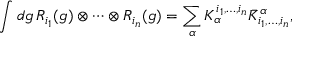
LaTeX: \int d g \, R _ { i _ { 1 } } ( g ) \otimes \cdots \otimes R _ { i _ { n } } ( g ) = \sum _ { \alpha } K _ { \alpha } ^ { i _ { 1 } , \ldots , i _ { n } } { \bar { K } ^ { \alpha } } _ { i _ { 1 } , \ldots , i _ { n } } ,